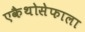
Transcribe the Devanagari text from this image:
एकैथोसेफाला